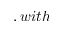
, w i t h